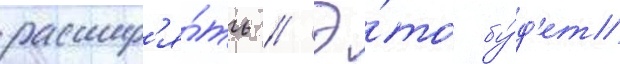
расшир'я́ть // Э́то бу́д'ет